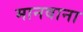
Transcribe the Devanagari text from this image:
मानवाना